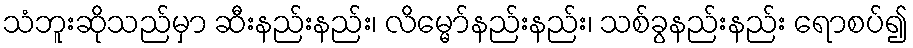
သံဘူးဆိုသည်မှာ ဆီးနည်းနည်း၊ လိမ္မော်နည်းနည်း၊ သစ်ခွနည်းနည်း ရောစပ်၍